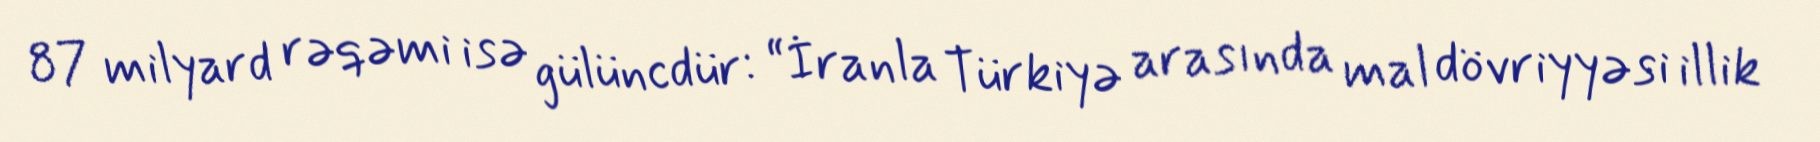
87 milyard rəqəmi isə gülüncdür: “İranla Türkiyə arasında mal dövriyyəsi illik